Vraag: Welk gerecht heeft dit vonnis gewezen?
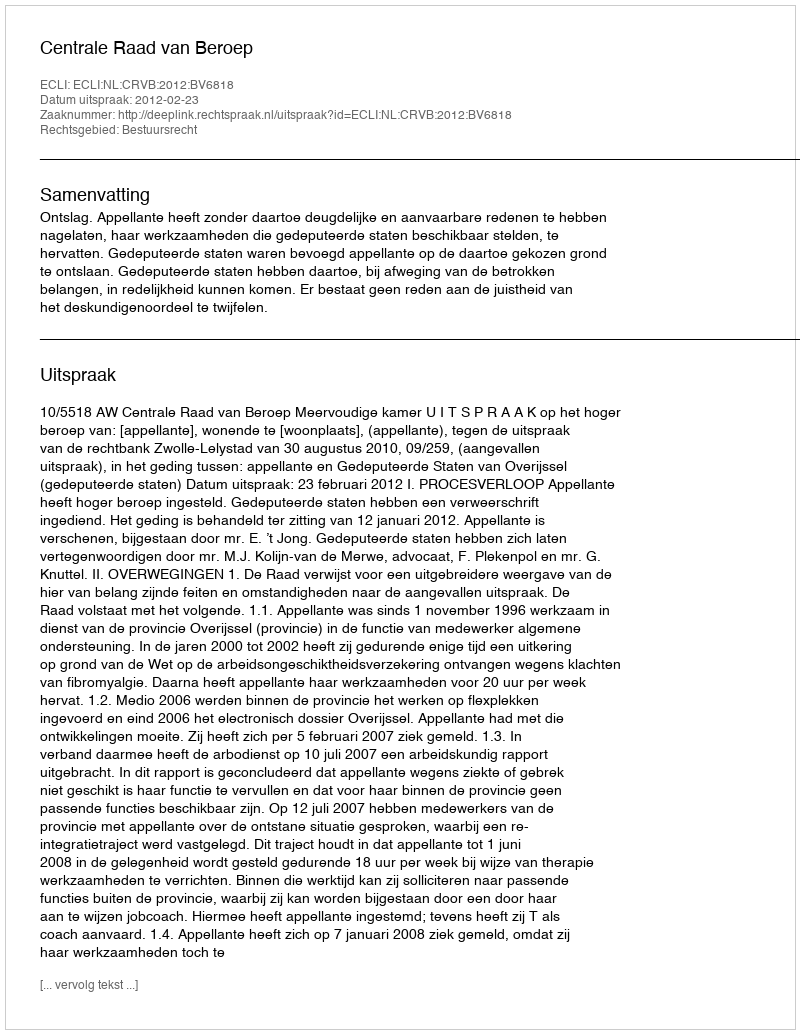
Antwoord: Centrale Raad van Beroep